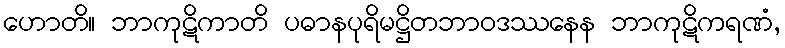
ဟောတိ။ ဘာကုဋိကာတိ ပဓာနပုရိမဋ္ဌိတဘာဝဒဿနေန ဘာကုဋိကရဏံ,